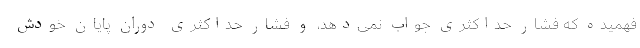
فهميده که فشار حداکثری جواب نمی‌دهد، و فشار حداکثری دوران پایان خودش